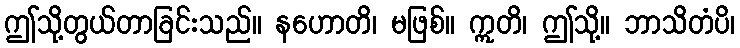
ဤသို့တွယ်တာခြင်းသည်။ နဟောတိ၊ မဖြစ်။ ဣတိ၊ ဤသို့။ ဘာသိတံပိ၊